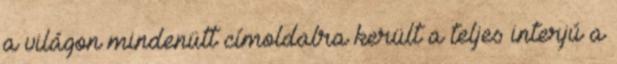
a világon mindenütt címoldalra került a teljes interjú a